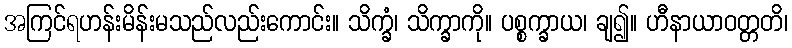
အကြင်ရဟန်းမိန်းမသည်လည်းကောင်း။ သိက္ခံ၊ သိက္ခာကို။ ပစ္စက္ခာယ၊ ချ၍။ ဟီနာယာဝတ္တတိ၊